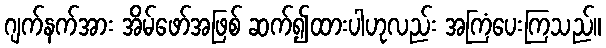
ဂျက်နက်အား အိမ်ဖော်အဖြစ် ဆက်၍ထားပါဟုလည်း အကြံပေးကြသည်။